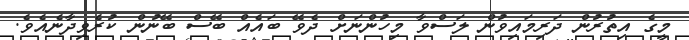
މީގެ އިތުރުން ދަރިމައިވުން ލަސްވާ މިހުންނަށް ދެވޭ ބައެއް ބޭސް ބޭނުން ކުރެވިދާނެއެވެ.